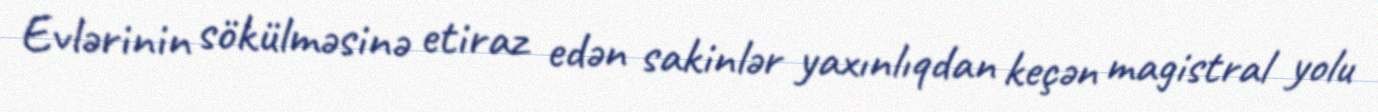
Evlərinin sökülməsinə etiraz edən sakinlər yaxınlıqdan keçən magistral yolu